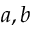
a , b